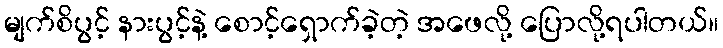
မျက်စိပွင့် နားပွင့်နဲ့ စောင့်ရှောက်ခဲ့တဲ့ အဖေလို့ ပြောလို့ရပါတယ်။